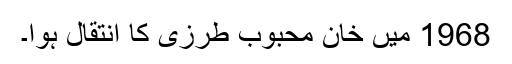
1968 میں خان محبوب طرزی کا انتقال ہوا۔